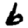
Digit: 6